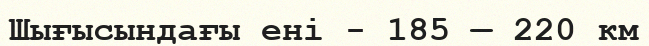
Шығысындағы ені - 185 — 220 км